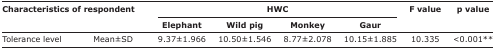
| <ROWSPAN=3-COLSPAN=2> Characteristics of respondent | <COLSPAN=4> HWC | <ROWSPAN=3> F value | <ROWSPAN=3> p value |
 | Elephant | Wild pig | Monkey | Gaur |
 | --- | --- | --- | --- | --- | --- | --- | --- |
 | Tolerance level | Mean±SD | 9.37±1.966 | 10.50±1.546 | 8.77±2.078 | 10.15±1.885 | 10.335 | <0.001** |